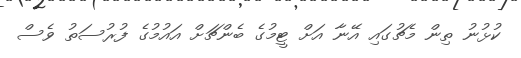
ކުޅުނު ތިން މެޗުގައި އޭނާ އަށް ޓީމުގެ ބެންޗަށް އައުމުގެ ފުރުސަތު ވެސް